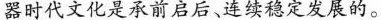
器时代文化是承前启后、连续稳定发展的。